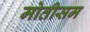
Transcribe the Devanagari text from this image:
मोतीसम